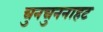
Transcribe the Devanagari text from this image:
चुनचुननाहट